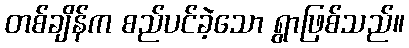
တစ်ချိန်က စည်ပင်ခဲ့သော ရွာဖြစ်သည်။